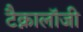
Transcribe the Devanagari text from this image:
टैक्नालॉजी